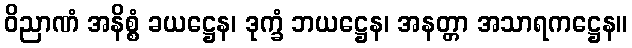
ဝိညာဏံ အနိစ္စံ ခယဋ္ဌေန၊ ဒုက္ခံ ဘယဋ္ဌေန၊ အနတ္တာ အသာရကဋ္ဌေန။